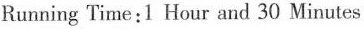
Running Time:1 Hour and 30 Minutes